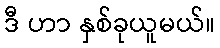
ဒီ ဟာ နှစ်ခုယူမယ်။